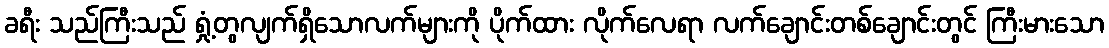
ခရီး သည်ကြီးသည် ရှုံ့တွလျက်ရှိသောလက်များကို ပိုက်ထား လိုက်လေရာ လက်ချောင်းတစ်ချောင်းတွင် ကြီးမားသော